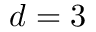
d = 3